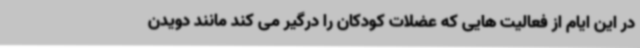
در این ایام از فعالیت هایی که عضلات کودکان را درگیر می کند مانند دویدن